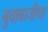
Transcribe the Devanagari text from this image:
बुवाबाजीचा